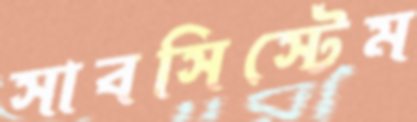
সাবসিস্টেম